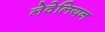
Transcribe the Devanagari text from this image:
लेवेलियन